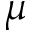
\mu